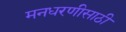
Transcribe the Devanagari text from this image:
मनधरणीसाठी